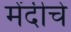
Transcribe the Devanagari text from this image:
मेंदीचे